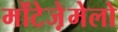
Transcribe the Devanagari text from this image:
मोंटेजे़मेलो